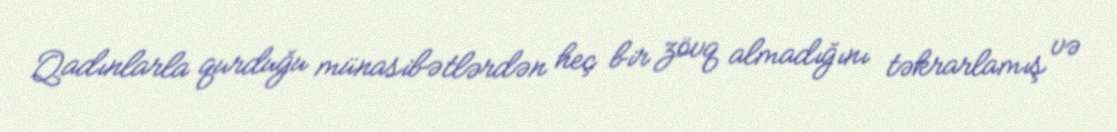
Qadınlarla qurduğu münasibətlərdən heç bir zövq almadığını təkrarlamış və